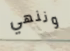
وننهي